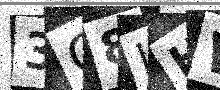
Text: 3Q8LHW